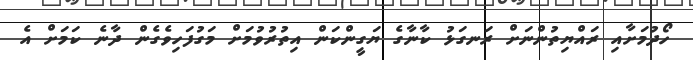
ހޯދުމަށާއި ރައްޔިތުންނަށް ރަނގަޅު ކާނާގެ ޔަގީންކަން އިތުރުވުމަށް މަގުފަހިވެގެން ދާނެ ކަމަށް އެ